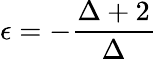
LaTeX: \epsilon=-\frac{\Delta+2}{\Delta}